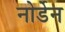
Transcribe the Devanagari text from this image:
नोर्डेन